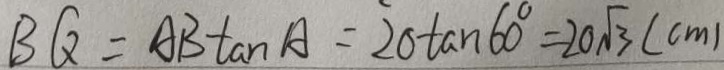
B Q = A B \tan A = 2 0 \tan 6 0 ^ { \circ } = 2 0 \sqrt { 3 } ( c m )